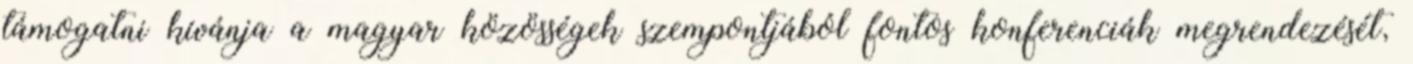
támogatni kívánja a magyar közösségek szempontjából fontos konferenciák megrendezését,